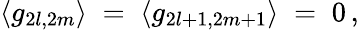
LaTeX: \langle g_{2l,2m}\rangle\; =\; \langle g_{2l+1,2m+1}\rangle\; =\; 0\, ,